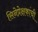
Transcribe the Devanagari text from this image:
सिनेप्रेक्षकांची